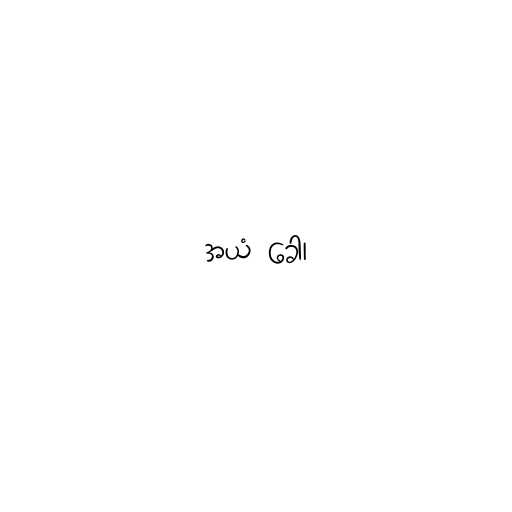
အယံ ခေါ၊